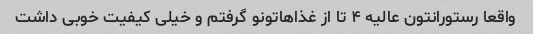
واقعا رستورانتون عالیه ۴ تا از غذاهاتونو گرفتم و خیلی کیفیت خوبی داشت